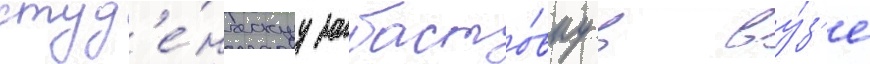
студ'е́нческуу забасто́вку в ву́з'е